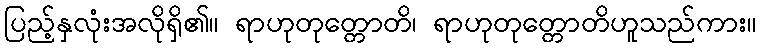
ပြည့်နှလုံးအလိုရှိ၏။ ရာဟုတုတ္တောတိ၊ ရာဟုတုတ္တောတိဟူသည်ကား။